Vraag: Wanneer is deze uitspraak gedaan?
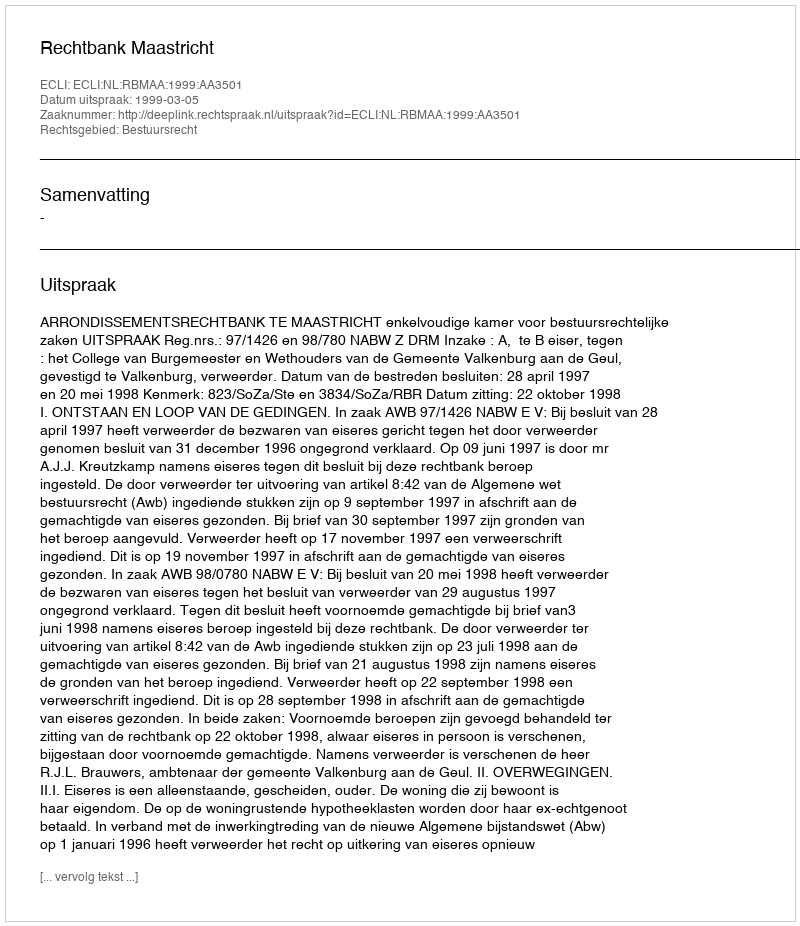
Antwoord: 1999-03-05